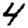
Digit: 4